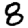
Digit: 8